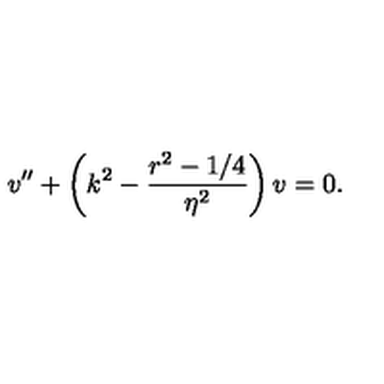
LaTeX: v ^ { \prime \prime } + \left( k ^ { 2 } - { \frac { r ^ { 2 } - 1 / 4 } { \eta ^ { 2 } } } \right) v = 0 .